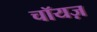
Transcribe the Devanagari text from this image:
चॉयज़